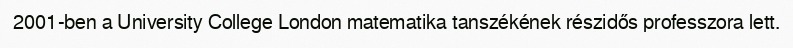
2001-ben a University College London matematika tanszékének részidős professzora lett.